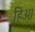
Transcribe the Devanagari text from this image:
हिअ।